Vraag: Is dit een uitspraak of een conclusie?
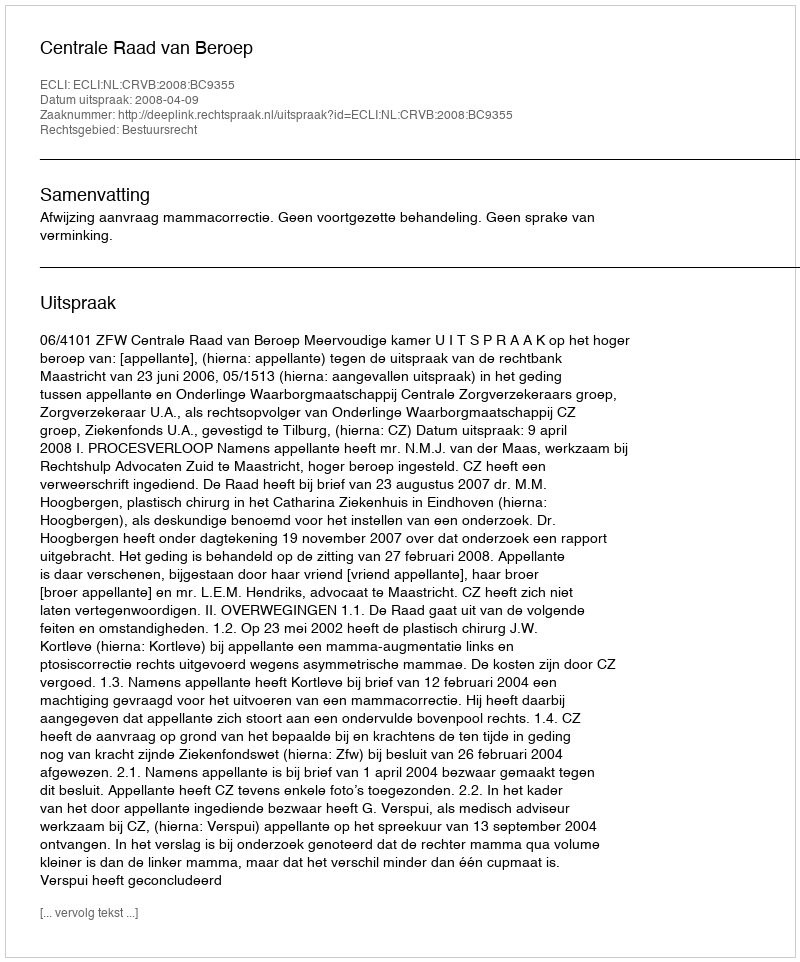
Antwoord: Uitspraak